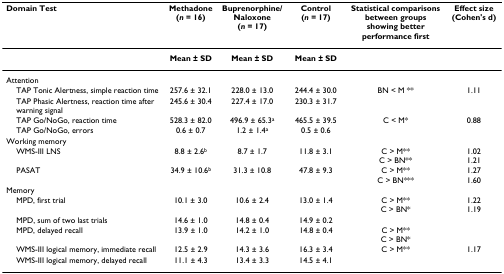
<table><thead><tr><td><b>Domain Test</b></td><td><b>Methadone (<i>n </i>= 16)</b></td><td><b>Buprenorphine/Naloxone(<i>n </i>= 17)</b></td><td><b>Control(<i>n </i>= 17)</b></td><td><b>Statistical comparisons between groups showing better performance first</b></td><td><b>Effect size (Cohen&#x27;s d)</b></td></tr></thead><tbody><tr><td></td><td><b>Mean ± SD</b></td><td><b>Mean ± SD</b></td><td><b>Mean ± SD</b></td><td></td><td></td></tr><tr><td>Attention</td><td></td><td></td><td></td><td></td><td></td></tr><tr><td> TAP Tonic Alertness, simple reaction time</td><td>257.6 ± 32.1</td><td>228.0 ± 13.0</td><td>244.4 ± 30.0</td><td>BN &lt; M **</td><td>1.11</td></tr><tr><td> TAP Phasic Alertness, reaction time after warning signal</td><td>245.6 ± 30.4</td><td>227.4 ± 17.0</td><td>230.3 ± 31.7</td><td></td><td></td></tr><tr><td> TAP Go/NoGo, reaction time</td><td>528.3 ± 82.0</td><td>496.9 ± 65.3<sup>a</sup></td><td>465.5 ± 39.5</td><td>C &lt; M*</td><td>0.88</td></tr><tr><td> TAP Go/NoGo, errors</td><td>0.6 ± 0.7</td><td>1.2 ± 1.4<sup>a</sup></td><td>0.5 ± 0.6</td><td></td><td></td></tr><tr><td>Working memory</td><td></td><td></td><td></td><td></td><td></td></tr><tr><td> WMS-III LNS</td><td>8.8 ± 2.6<sup>b</sup></td><td>8.7 ± 1.7</td><td>11.8 ± 3.1</td><td>C &gt; M**C &gt; BN**</td><td>1.021.21</td></tr><tr><td> PASAT</td><td>34.9 ± 10.6<sup>b</sup></td><td>31.3 ± 10.8</td><td>47.8 ± 9.3</td><td>C &gt; M**C &gt; BN***</td><td>1.271.60</td></tr><tr><td>Memory</td><td></td><td></td><td></td><td></td><td></td></tr><tr><td> MPD, first trial</td><td>10.1 ± 3.0</td><td>10.6 ± 2.4</td><td>13.0 ± 1.4</td><td>C &gt; M**C &gt; BN*</td><td>1.221.19</td></tr><tr><td> MPD, sum of two last trials</td><td>14.6 ± 1.0</td><td>14.8 ± 0.4</td><td>14.9 ± 0.2</td><td></td><td></td></tr><tr><td> MPD, delayed recall</td><td>13.9 ± 1.0</td><td>14.2 ± 1.0</td><td>14.8 ± 0.4</td><td>C &gt; M**C &gt; BN*</td><td></td></tr><tr><td> WMS-III logical memory, immediate recall</td><td>12.5 ± 2.9</td><td>14.3 ± 3.6</td><td>16.3 ± 3.4</td><td>C &gt; M**</td><td>1.17</td></tr><tr><td> WMS-III logical memory, delayed recall</td><td>11.1 ± 4.3</td><td>13.4 ± 3.3</td><td>14.5 ± 4.1</td><td></td><td></td></tr></tbody></table>